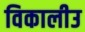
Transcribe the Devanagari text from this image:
विकालीउ